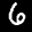
Label: 6